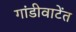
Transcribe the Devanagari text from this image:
गांडीवाटेंत